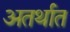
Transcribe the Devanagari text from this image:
अतर्थात